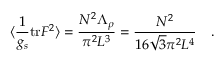
\langle \frac { 1 } { g _ { s } } \mathrm { t r } F ^ { 2 } \rangle = \frac { N ^ { 2 } \Lambda _ { \rho } } { \pi ^ { 2 } L ^ { 3 } } = \frac { N ^ { 2 } } { 1 6 \sqrt { 3 } \pi ^ { 2 } L ^ { 4 } } \quad .